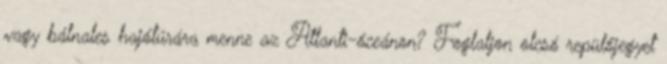
vagy bálnales hajótúrára menne az Atlanti-óceánon? Foglaljon olcsó repülőjegyet